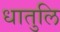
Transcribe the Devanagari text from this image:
धातुलि